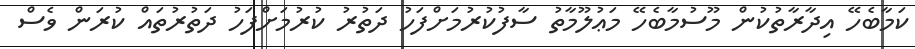
ކަމާބެހޭ އިދާރާތުކުން މޫސުމާބެހޭ މަޢުލޫމާތު ސާފުކުރުމަށްފަހު ދަތުރު ކުރުމަށްފަހު ދަތުރުތައް ކުރަން ވެސް